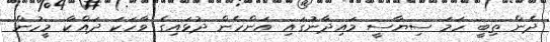
ދެން ތިބީ ހަމަ ސިޔާސީ މައިދާނުގައި އަންހެން ދުޅައިގެ ވާހަކަ ދައްކާ މީހުން